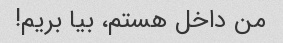
من داخل هستم، بیا بریم!